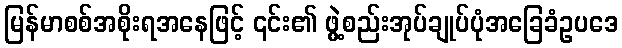
မြန်မာစစ်အစိုးရအနေဖြင့် ၎င်း၏ ဖွဲ့စည်းအုပ်ချုပ်ပုံအခြေခံဥပဒေ